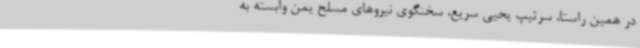
در همین راستا، سرتیپ یحیی سریع، سخنگوی نیروهای مسلح یمن وابسته به